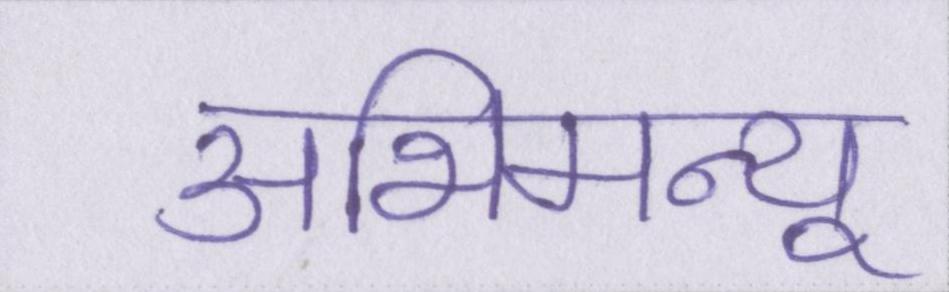
अभिमन्यू